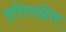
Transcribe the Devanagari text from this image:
वृत्तिसहित